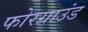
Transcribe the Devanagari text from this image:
फोरग्राउंड